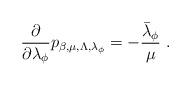
LaTeX: \begin{align*}\frac{\partial}{\partial \lambda_{\phi}} p_{\beta,\mu,\Lambda,\lambda_{\phi}}=-\frac{\bar{\lambda}_{\phi}}{\mu} \ .\end{align*}